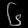
Digit: ၆